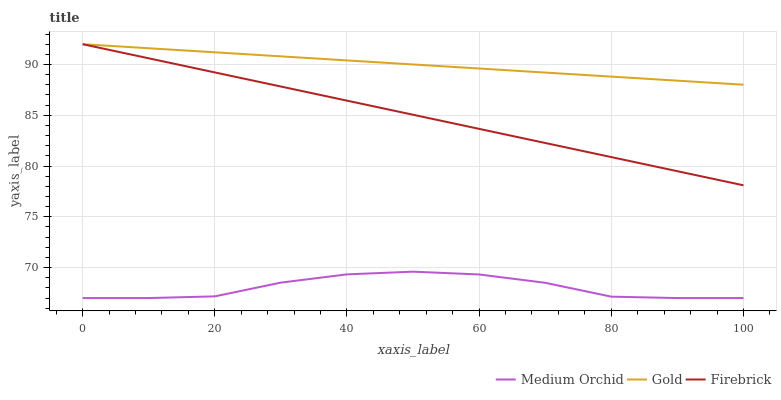
| xaxis_label | Medium Orchid | Gold | Firebrick |
 | --- | --- | --- | --- |
 | 0 | 67 | 92 | 92 |
 | 10 | 67 | 91.6 | 90.6 |
 | 20 | 67.2 | 91.2 | 89.2 |
 | 30 | 68.5 | 90.8 | 87.8 |
 | 40 | 69.3 | 90.4 | 86.4 |
 | 50 | 69.6 | 90 | 85.1 |
 | 60 | 69.3 | 89.6 | 83.7 |
 | 70 | 68.5 | 89.2 | 82.3 |
 | 80 | 67.1 | 88.8 | 80.9 |
 | 90 | 67 | 88.4 | 79.5 |
 | 100 | 67 | 88 | 78.1 |